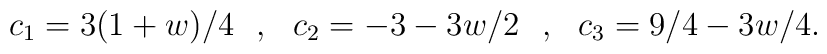
c_1=3(1+w)/4\:\:\:,\:\:\:c_2=-3-3w/2\:\:\:,\:\:\:c_3=9/4-3w/4.